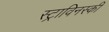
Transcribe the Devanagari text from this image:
स्ट्राविनस्की